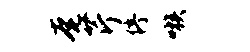
奄芹停嗾